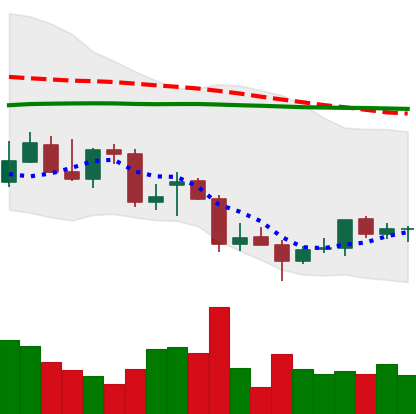
Ticker: TRX-USD
Chart end date: 2021-12-26
Forward return: -7.575%
Label: down_7plus